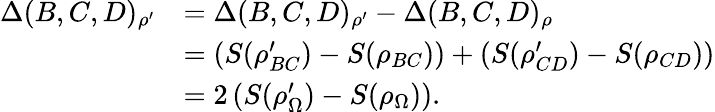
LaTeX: \begin{array}{rl}{\Delta(B,C,D)_{\rho^{\prime}}}&{=\Delta(B,C,D)_{\rho^{\prime}}-\Delta(B,C,D)_{\rho}}\\ &{=\left(S(\rho_{BC}^{\prime})-S(\rho_{BC})\right)+\left(S(\rho_{CD}^{\prime})-S(\rho_{CD})\right)}\\ &{=2\left(S(\rho_{\Omega}^{\prime})-S(\rho_{\Omega})\right).}\end{array}